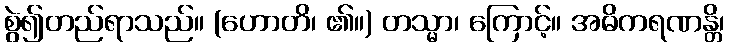
စွဲ၍တည်ရာသည်။ (ဟောတိ၊ ၏။) တသ္မာ၊ ကြောင့်။ အဓိကရဏန္တိ၊